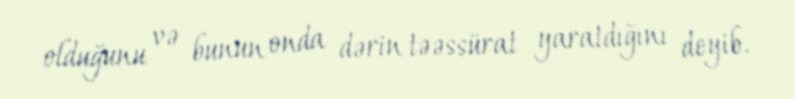
olduğunu və bunun onda dərin təəssürat yaratdığını deyib.